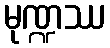
မုဏ္ဍဿ